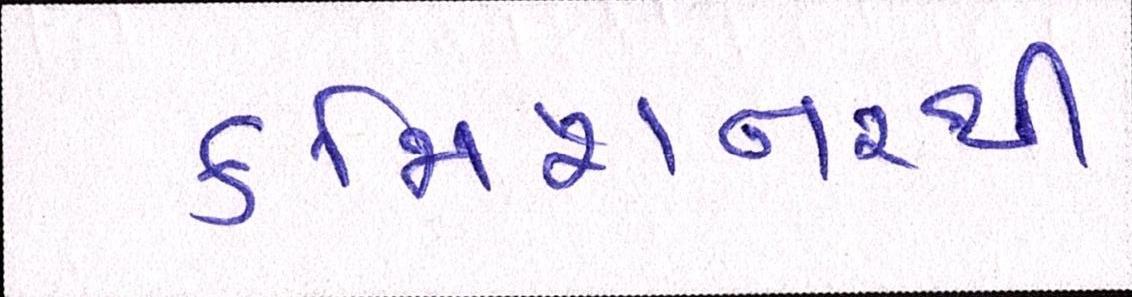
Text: કમિશનરથી